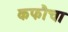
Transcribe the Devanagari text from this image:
कफौचा